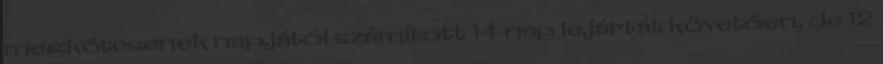
megkötésének napjától számított 14 nap lejártát követően, de 12